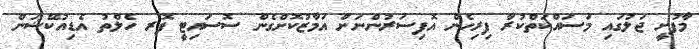
މާފުށީ ޖަލުގައި މަސައްކަތްކުރާ ފިރިހެން އޮފިސަރުންނަށް އަމާޒުކޮށްގެން ސޮސައިޓީ ފޮރ ހެލްތު އެޑިއުކޭޝަން